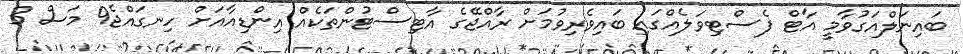
ބައިނަލްއަގުވާމީ އާޓް ފެސްޓިވަލެއްގައި ބައިވެރިވުމަށް ރާއްޖޭގެ އާޓިސްޓުންތަކެއް އިންޑިއާއަށް ހިނގައްޖެ9 މަސް 3